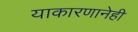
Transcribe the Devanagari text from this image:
याकारणानेही